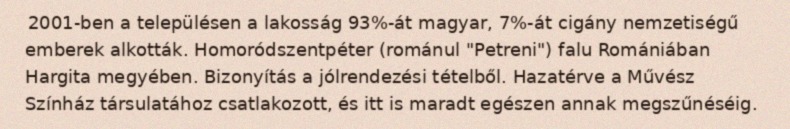
2001-ben a településen a lakosság 93%-át magyar, 7%-át cigány nemzetiségű emberek alkották. Homoródszentpéter (románul "Petreni") falu Romániában Hargita megyében. Bizonyítás a jólrendezési tételből. Hazatérve a Művész Színház társulatához csatlakozott, és itt is maradt egészen annak megszűnéséig.